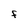
Character: F